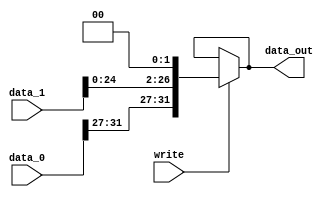
module append (
    input wire write,
    input wire [31:0] data_0,
    input wire [25:0] data_1,
    output reg [31:0] data_out
    );


wire [31:0] w1 = {data_0[31:27], data_1[24:0], 2'd0};

assign data_out = {write?w1:data_out};

endmodule